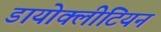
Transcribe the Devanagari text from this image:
डायोक्लीटियन